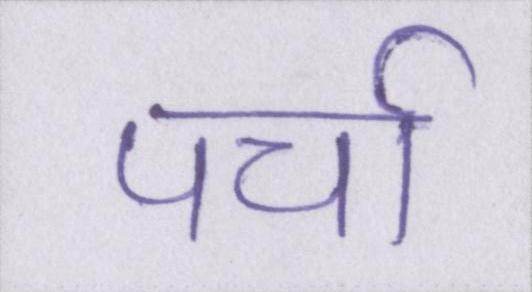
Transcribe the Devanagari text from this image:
पर्चा